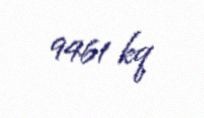
9461 kq